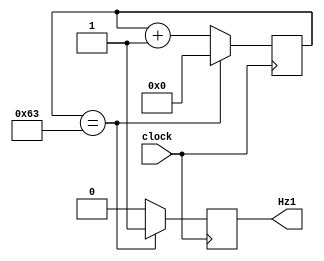
module divide_freq (input wire clock,
                    output wire Hz1);

    reg [6:0] contador = 7'b0000000; 
    reg freq_1Hz = 0;
    assign Hz1 = freq_1Hz;

    always @(posedge clock) begin
        contador <= contador + 1; // "contador" ser incrementado a cada borda positiva do relgio
        if (contador == 7'd99) begin // Quando contador=99, ele ter sido incrementado para 100
            freq_1Hz <= 1; // contador=100 indica que j foram 100 bordas positivas do relgio e se passou 1 segundo
            contador <= 0; // Para reiniciar o divisor de frequncia, contador volta a ser 0
        end
        else begin
             freq_1Hz <= 0; // Se "contador" no for 100, ento no se passou mais 1 segundo e a sada no pode ser 1
        end
    end 

endmodule